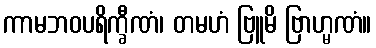
ကာမဘဝပရိက္ခီဏံ၊ တမဟံ ဗြူမိ ဗြာဟ္မဏံ။